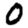
Digit: 0